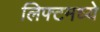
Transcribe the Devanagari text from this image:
लिफ्टमध्ये